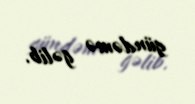
gündəmə gəlib.